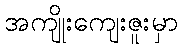
အကျိုးကျေးဇူးမှာ